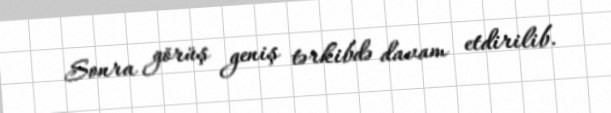
Sonra görüş geniş tərkibdə davam etdirilib.